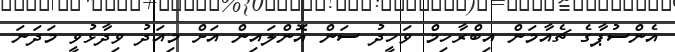
އެންސުޕާގެ ޗެއާމަން އިބްރާހިމް ވަހީދު ސަން އޮންލައިން އަށް މިއަދު ވިދާޅުވީ މަދަނަ